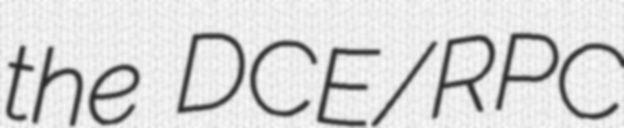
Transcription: the DCE/RPC